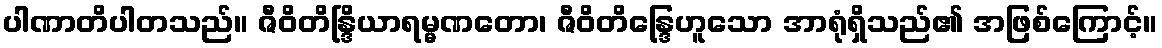
ပါဏာတိပါတသည်။ ဇီဝိတိန္ဒြိယာရမ္မဏတော၊ ဇီဝိတိန္ဒြေဟူသော အာရုံရှိသည်၏ အဖြစ်ကြောင့်။